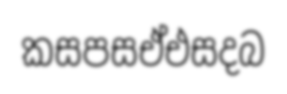
කසපසඒඑසදබ